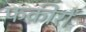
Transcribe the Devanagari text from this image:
फक़ीरों